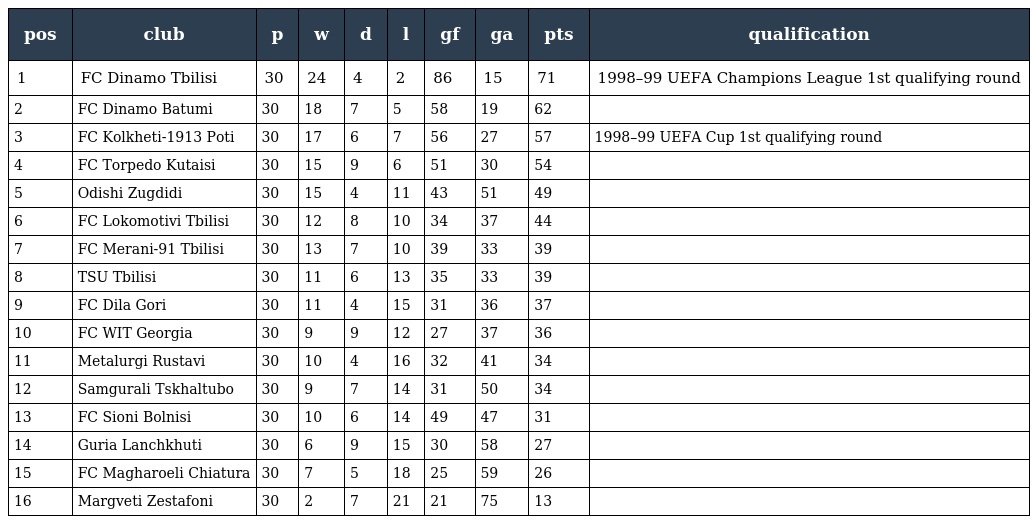
| pos | club | p | w | d | l | gf | ga | pts | qualification |
 | --- | --- | --- | --- | --- | --- | --- | --- | --- | --- |
 | 1 | FC Dinamo Tbilisi | 30 | 24 | 4 | 2 | 86 | 15 | 71 | 1998–99 UEFA Champions League 1st qualifying round |
 | 2 | FC Dinamo Batumi | 30 | 18 | 7 | 5 | 58 | 19 | 62 |  |
 | 3 | FC Kolkheti-1913 Poti | 30 | 17 | 6 | 7 | 56 | 27 | 57 | 1998–99 UEFA Cup 1st qualifying round |
 | 4 | FC Torpedo Kutaisi | 30 | 15 | 9 | 6 | 51 | 30 | 54 |  |
 | 5 | Odishi Zugdidi | 30 | 15 | 4 | 11 | 43 | 51 | 49 |  |
 | 6 | FC Lokomotivi Tbilisi | 30 | 12 | 8 | 10 | 34 | 37 | 44 |  |
 | 7 | FC Merani-91 Tbilisi | 30 | 13 | 7 | 10 | 39 | 33 | 39 |  |
 | 8 | TSU Tbilisi | 30 | 11 | 6 | 13 | 35 | 33 | 39 |  |
 | 9 | FC Dila Gori | 30 | 11 | 4 | 15 | 31 | 36 | 37 |  |
 | 10 | FC WIT Georgia | 30 | 9 | 9 | 12 | 27 | 37 | 36 |  |
 | 11 | Metalurgi Rustavi | 30 | 10 | 4 | 16 | 32 | 41 | 34 |  |
 | 12 | Samgurali Tskhaltubo | 30 | 9 | 7 | 14 | 31 | 50 | 34 |  |
 | 13 | FC Sioni Bolnisi | 30 | 10 | 6 | 14 | 49 | 47 | 31 |  |
 | 14 | Guria Lanchkhuti | 30 | 6 | 9 | 15 | 30 | 58 | 27 |  |
 | 15 | FC Magharoeli Chiatura | 30 | 7 | 5 | 18 | 25 | 59 | 26 |  |
 | 16 | Margveti Zestafoni | 30 | 2 | 7 | 21 | 21 | 75 | 13 |  |